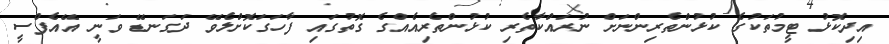
އިދިކޮޅު ޓީމުތަކުގެ ކުޅުންތެރިންނަށް ނުރައްކާތެރި ކުޅުންތެރިއެއްގެ ގޮތުގައި ފާހަގަކޮށްލެވޭ ދަގަނޑޭ ވަނީ އޭއެފްސީ